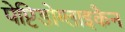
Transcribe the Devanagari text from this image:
पेप्टिडोग्लाइकैन